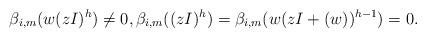
LaTeX: \begin{align*} \beta_{i,m}(w(zI)^h) \neq 0, \beta_{i,m}((zI)^h)=\beta_{i,m}(w(zI +(w))^{h-1})=0.\end{align*}